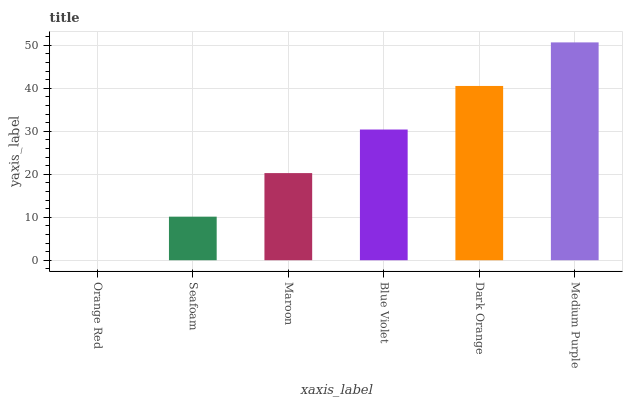
| xaxis_label | bars |
 | --- | --- |
 | Orange Red | 0 |
 | Seafoam | 10.1 |
 | Maroon | 20.3 |
 | Blue Violet | 30.4 |
 | Dark Orange | 40.5 |
 | Medium Purple | 50.7 |